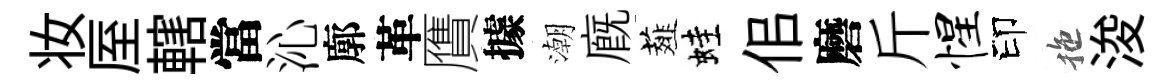
妆厔轄當沁廓革贋據潮廐薤蛙佀磨斤惺印拖浚